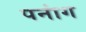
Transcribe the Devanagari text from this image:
पनांग